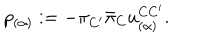
p _ { ( \alpha ) } : = - \pi _ { C ^ { \prime } } { \bar { \pi } } _ { C } u _ { ( \alpha ) } ^ { C { C ^ { \prime } } } .